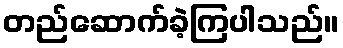
တည်ဆောက်ခဲ့ကြပါသည်။